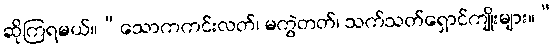
ဆိုကြရမယ်။“သောကကင်းလတ်၊ မကွဲတတ်၊ သက်သတ်ရှောင်ကျိုးများ။”